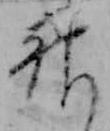
神